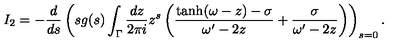
I _ { 2 } = - \frac { d } { d s } \left( s g ( s ) \int _ { \Gamma } \frac { d z } { 2 \pi i } z ^ { s } \left( \frac { \tanh ( \omega - z ) - \sigma } { \omega ^ { \prime } - 2 z } + \frac { \sigma } { \omega ^ { \prime } - 2 z } \right) \right) _ { s = 0 } .